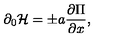
\partial _ { 0 } { \cal H } = \pm a { \frac { \partial \Pi } { \partial x } } ,